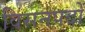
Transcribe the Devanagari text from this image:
विसनपदों